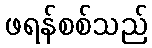
ဖရန်စစ်သည်